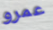
عمرو